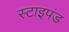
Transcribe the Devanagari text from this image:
स्टाइपंड